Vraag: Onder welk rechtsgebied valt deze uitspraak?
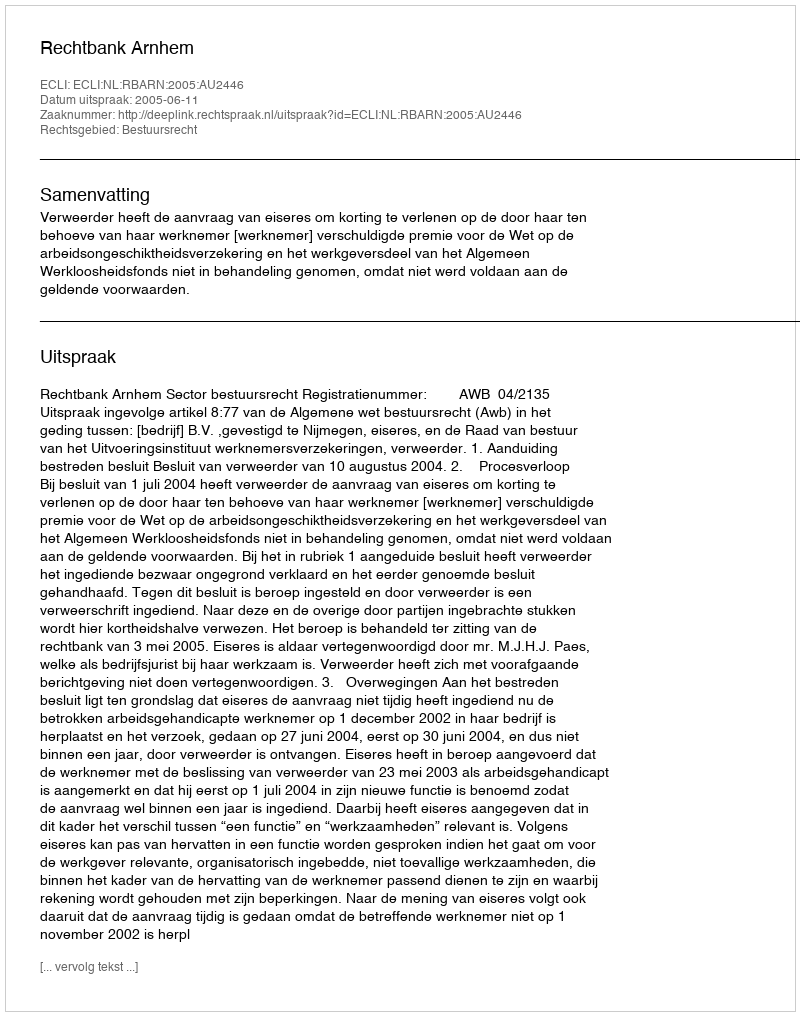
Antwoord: Bestuursrecht